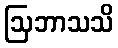
ဩဘာသသိ